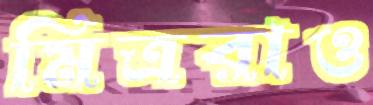
মিত্ররাও